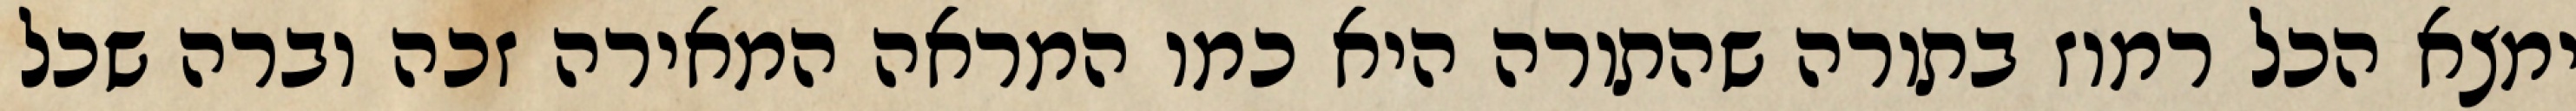
ימצא הכל רמוז בתורה שהתורה היא כמו המראה המאירה זכה וברה שכל